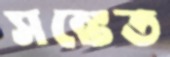
সঙ্কেত